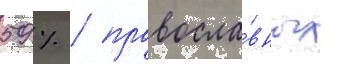
59 % / правосла́вных